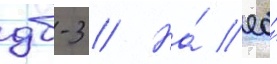
дб-3 // На́ ео́